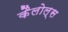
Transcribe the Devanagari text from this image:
कैलोल्स